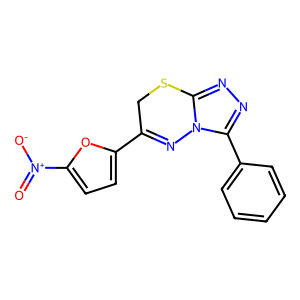
SMILES: O=[N+]([O-])c1ccc(C2=Nn3c(nnc3-c3ccccc3)SC2)o1
Inhibits HIV replication: No